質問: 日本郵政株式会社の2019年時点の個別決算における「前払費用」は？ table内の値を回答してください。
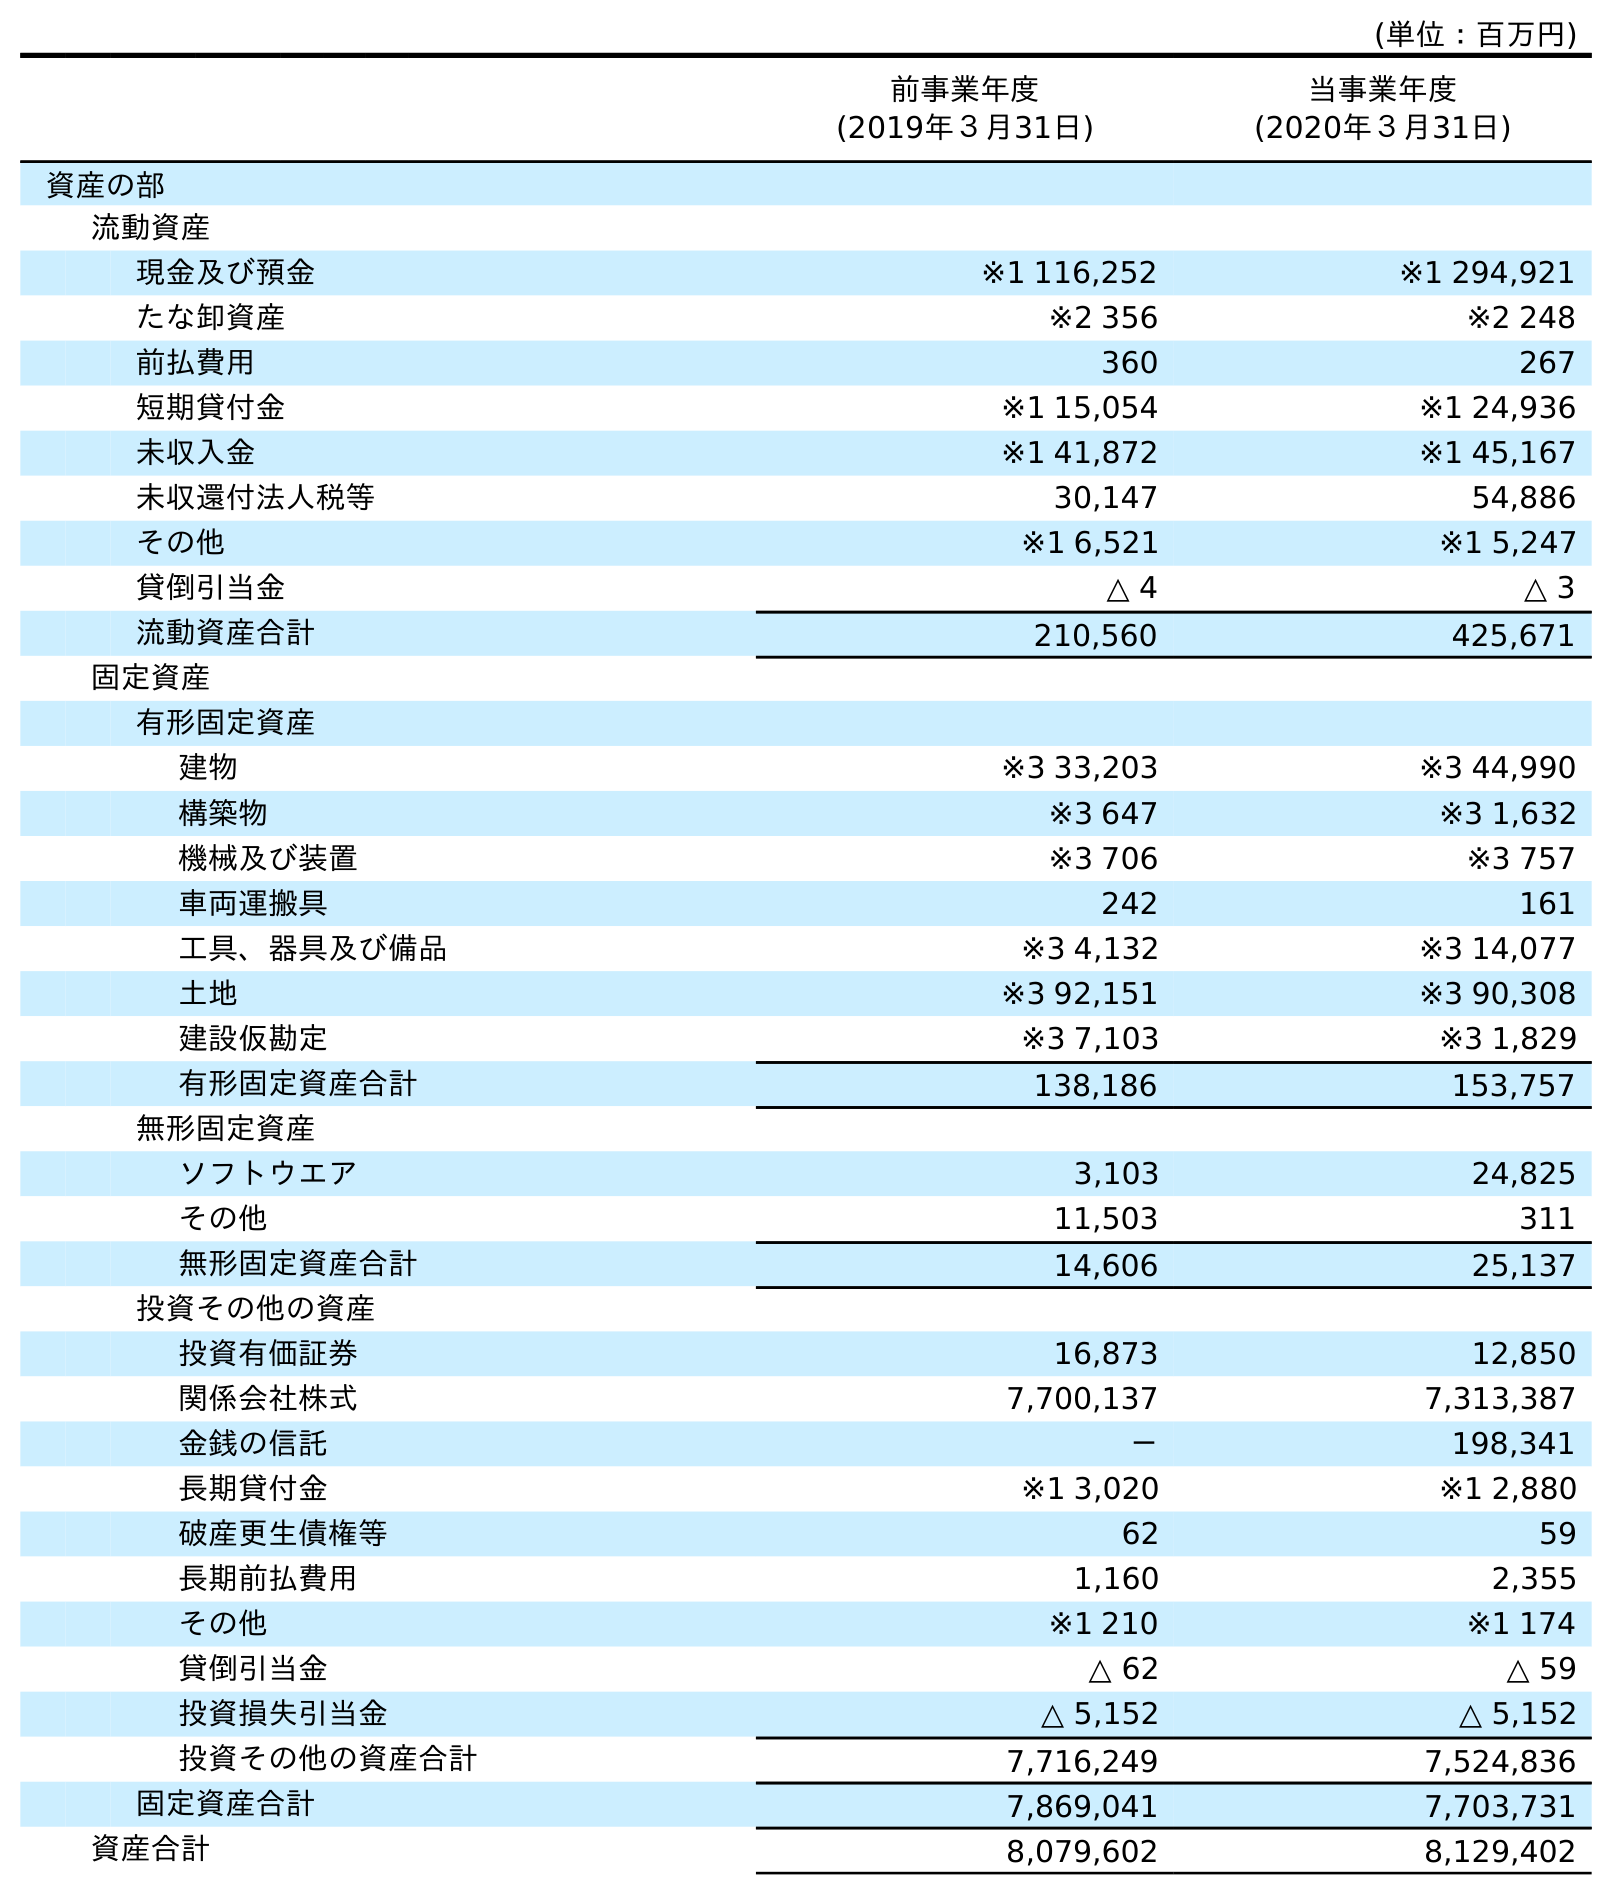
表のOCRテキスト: (単位：百万円) 前事業年度 (2019年３月31日) 当事業年度 (2020年３月31日) 資産の部 流動資産 現金及び預金 ※1 116,252 ※1 294,921 たな卸資産 ※2 356 ※2 248 前払費用 360 267 短期貸付金 ※1 15,054 ※1 24,936 未収入金 ※1 41,872 ※1 45,167 未収還付法人税等 30,147 54,886 その他 ※1 6,521 ※1 5,247 貸倒引当金 △ 4 △ 3 流動資産合計 210,560 425,671 固定資産 有形固定資産 建物 ※3 33,203 ※3 44,990 構築物 ※3 647 ※3 1,632 機械及び装置 ※3 706 ※3 757 車両運搬具 242 161 工具、器具及び備品 ※3 4,132 ※3 14,077 土地 ※3 92,151 ※3 90,308 建設仮勘定 ※3 7,103 ※3 1,829 有形固定資産合計 138,186 153,757 無形固定資産 ソフトウエア 3,103 24,825 その他 11,503 311 無形固定資産合計 14,606 25,137 投資その他の資産 投資有価証券 16,873 12,850 関係会社株式 7,700,137 7,313,387 金銭の信託 － 198,341 長期貸付金 ※1 3,020 ※1 2,880 破産更生債権等 62 59 長期前払費用 1,160 2,355 その他 ※1 210 ※1 174 貸倒引当金 △ 62 △ 59 投資損失引当金 △ 5,152 △ 5,152 投資その他の資産合計 7,716,249 7,524,836 固定資産合計 7,869,041 7,703,731 資産合計 8,079,602 8,129,402
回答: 360